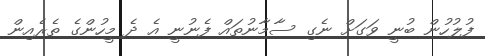
ފުލުހުން ބުނީ ވަގަށް ނެގި ސާމާނުތައް ފެނުނީ އެ ދެ މީހުންގެ ތެރެއިން